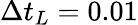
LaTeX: \Delta t_{L}=0.01